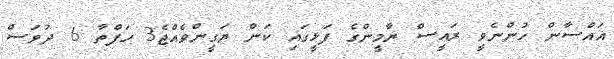
ޣައްސާން ހުންނެވީ ރައީސް ޔާމީންގެ ފަޅީގައި ކަން ޔަގީންވެއްޖެ3 ހަފްތާ 6 ދުވަސް